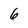
Character: 6